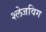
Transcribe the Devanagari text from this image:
श्लेजविग